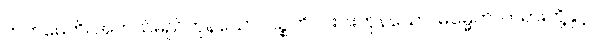
ကတမေဟိ၊ အဘယ်မည်ကုန်သော။ ပဉ္စဟိ၊ ငါးပါးကုန်သော။ ဓမ္မေဟိ၊ တရားတို့နှင့်။